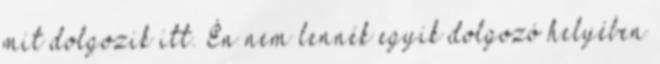
mit dolgozik itt. Én nem lennék egyik dolgozó helyében